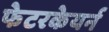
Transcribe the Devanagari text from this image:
फेटरकेयर्न